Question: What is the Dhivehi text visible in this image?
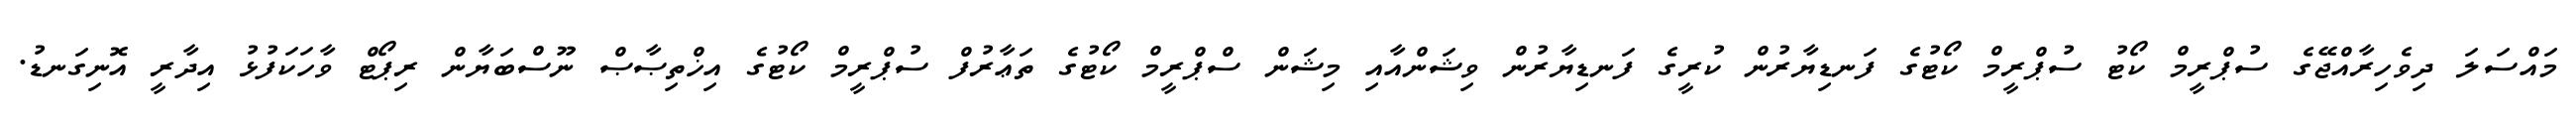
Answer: މައްސަލަ ދިވެހިރާއްޖޭގެ ސުޕްރީމް ކޯޓު ސުޕްރީމް ކޯޓުގެ ފަނޑިޔާރުން ކުރީގެ ފަނޑިޔާރުން ވިޝަންއާއި މިޝަން ސްޕްރީމް ކޯޓުގެ ތަޢާރުފް ސުޕްރީމް ކޯޓުގެ އިޚްތިޞާޞް ނޫސްބަޔާން ރިޕޯޓް ވާހަކަފުޅު އިދާރީ އޮނިގަނޑު.